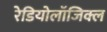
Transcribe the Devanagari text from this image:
रेडियोलॉजिक्ल